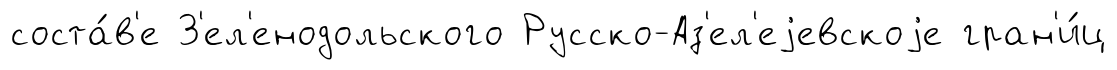
соста́в'е З'ел'енодольского Русско-Аз'ел'еjевскоjе гран'и́ц